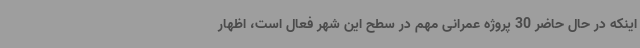
اینکه در حال حاضر 30 پروژه عمرانی مهم در سطح این شهر فعال است، اظهار